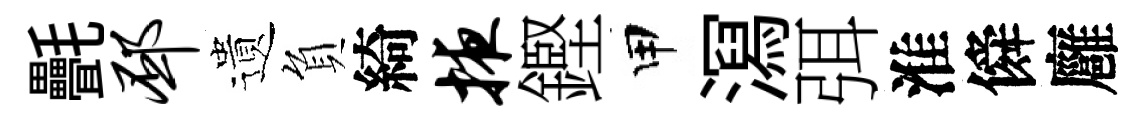
㲲邳遺負綺掖鏗甲㵼弭淮僢廱